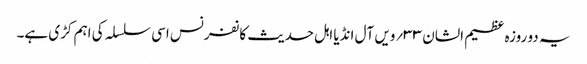
یہ دو روزہ عظیم الشان ۳۳؍ویں آل انڈیا اہل حدیث کانفرنس اسی سلسلہ کی اہم کڑی ہے۔